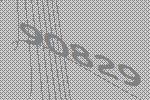
90829